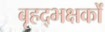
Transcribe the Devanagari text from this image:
बृहद्भक्षकों